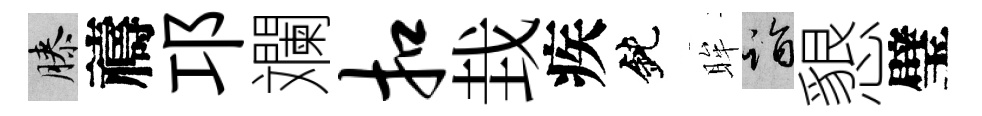
膝禱邛斕扣㘽疾鈍眸诣懇璧